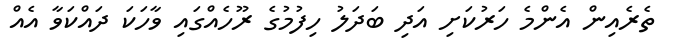
ތެރެއިން އެންމެ ހަރުކަށި އަދި ބަދަލު ހިފުމުގެ ރޫހެއްގައި ވާހަކަ ދައްކަވާ އެއް